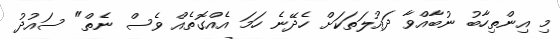
މި އިންތިހާބު ނުބާއްވާ ދައުލަތަކަށް ހެދޭނެ ހަމަ އެއްގޮތެއް ވެސް ނެތް" ސައުދު